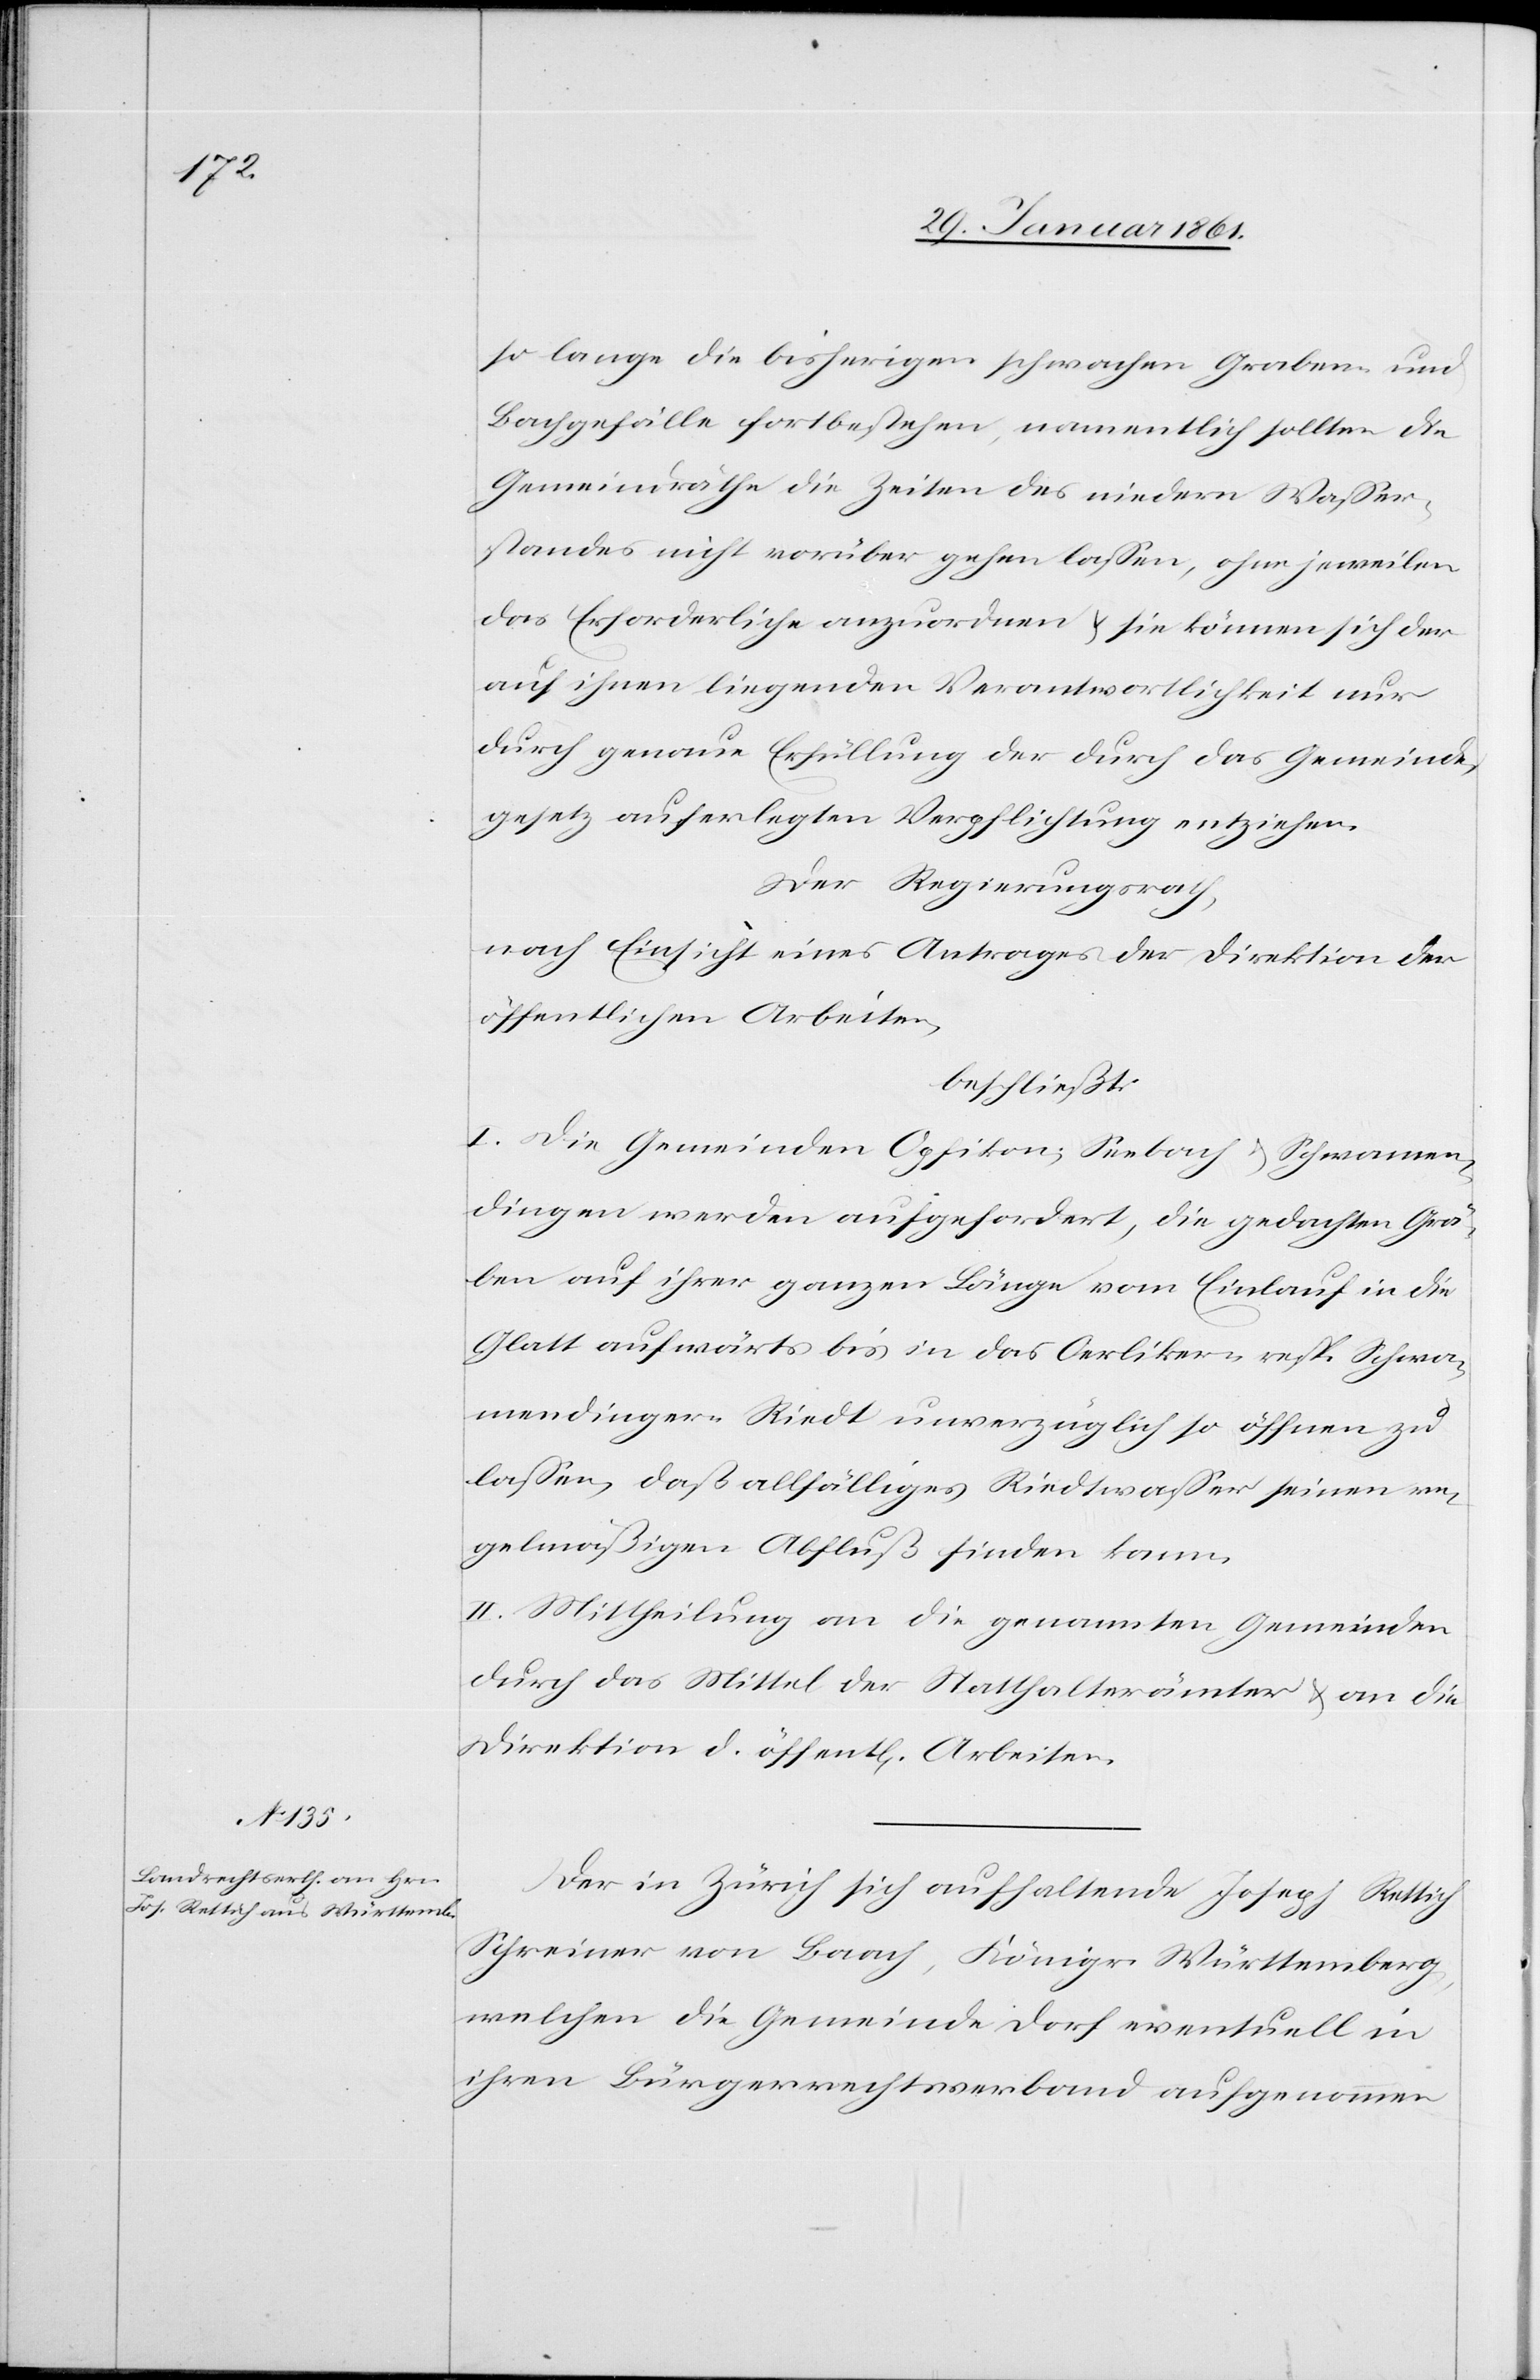
so lange die bisherigen schwachen Graben u.
Bachgefälle fortbestehen, namentlich sollten die
Gemeindräthe die Zeiten des niedern Wasser¬
standes nicht vorüber gehen lassen, ohne jeweilen
das Erforderliche anzuordnen u. sie können sich der
auf ihnen liegenden Verantwortlichkeit nur
durch genaue Erfüllung der durch das Gemeinde¬
gesetz auferlegten Verpflichtung entziehen.
Der Regierungsrath,
nach Einsicht eines Antrages der Direktion der
öffentlichen Arbeiten,
beschließt:
I. Die Gemeinden Opfikon, Seebach u. Schwamen¬
dingen werden aufgefordert, die gedachten Grä¬
ben auf ihrer ganzen Länge vom Einlauf in die
Glatt aufwärts bis in das Oerliker- resp. Schwa¬
mendinger-Riedt unverzüglich so öffnen zu
lassen, daß allfälliges Riedtwasser seinen re¬
gelmäßigen Abfluß finden kann.
II. Mittheilung an die Genannten Gemeinden
durch das Mittel der Statthalterämter u. an die
Direktion d. öffentl[ichen] Arbeiten.
Der in Zürich sich aufhaltende Joseph Rettich
Schreiner von Baach, Königr. Württemberg,
welchen die Gemeinde Dorf eventuell in
ihren Bürgerrechtsverband aufgenommen